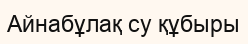
Айнабұлақ су құбыры